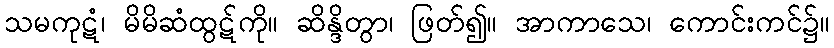
သမကုဋံ၊ မိမိဆံထွဋ်ကို။ ဆိန္ဒိတွာ၊ ဖြတ်၍။ အာကာသေ၊ ကောင်းကင်၌။